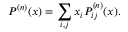
P ^ { ( n ) } ( x ) = \sum _ { i , j } x _ { i } P _ { i j } ^ { ( n ) } ( x ) .